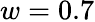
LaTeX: w=0.7